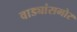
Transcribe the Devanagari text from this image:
वाड्यांसमोर